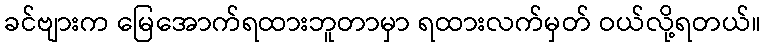
ခင်ဗျားက မြေအောက်ရထားဘူတာမှာ ရထားလက်မှတ် ဝယ်လို့ရတယ်။